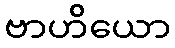
ဗာဟိယော